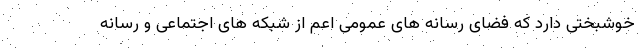
خوشبختی دارد که فضای رسانه های عمومی اعم از شبکه های اجتماعی و رسانه